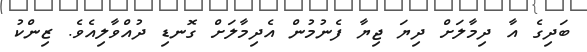
ބަދިގެ އާ ދިމާލަށް ދިޔަ ޖިޔާ ފެނުމުން އެދިމާލަށް ގޮނޑި ދުއްވާލިއެވެ. ޒިންކު